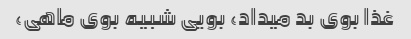
غذا بوی بد میداد، بویی شبیه بوی ماهی،